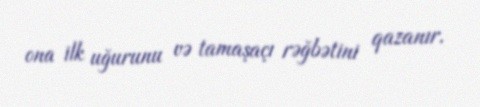
ona ilk uğurunu və tamaşaçı rəğbətini qazanır.